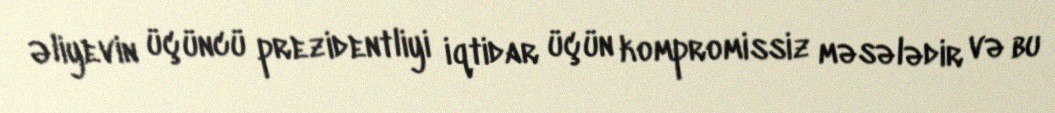
Əliyevin üçüncü prezidentliyi iqtidar üçün kompromissiz məsələdir və bu